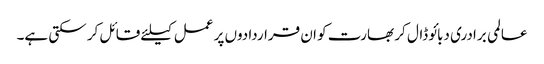
عالمی برادری دبائو ڈال کر بھارت کو ان قراردادوں پر عمل کیلئے قائل کر سکتی ہے۔